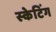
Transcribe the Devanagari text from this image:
स्‍केटिंग